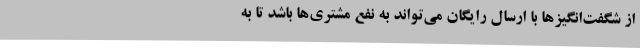
از شگفت‌انگیزها با ارسال رایگان می‌تواند به نفع مشتری‌ها باشد تا به